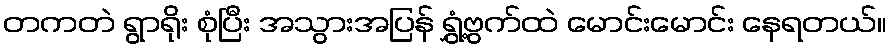
တကတဲ ရွာရိုး စုံပြီး အသွားအပြန် ရွှံ့ဗွက်ထဲ မောင်းမောင်း နေရတယ်။